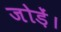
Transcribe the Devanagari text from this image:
जोड़ें।